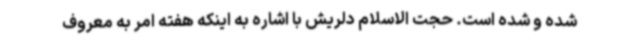
شده و شده است. حجت الاسلام دلریش با اشاره به اینکه هفته امر به معروف